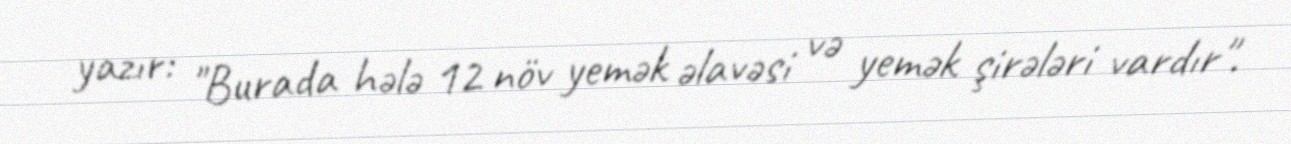
yazır: "Burada hələ 12 növ yemək əlavəsi və yemək şirələri vardır".